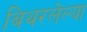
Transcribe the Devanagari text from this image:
बिथरलेल्या